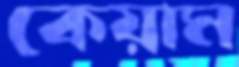
কেয়াম